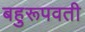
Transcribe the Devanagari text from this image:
बहुरूपवती